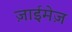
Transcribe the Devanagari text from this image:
ज़ाईमेज़